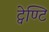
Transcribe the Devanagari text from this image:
ट्वेण्टि